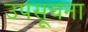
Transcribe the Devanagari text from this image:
उपसूचना